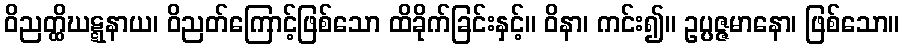
ဝိညတ္ထိဃဋ္ဋနာယ၊ ဝိညတ်ကြောင့်ဖြစ်သော ထိခိုက်ခြင်းနှင့်။ ဝိနာ၊ ကင်း၍။ ဥပ္ပဇ္ဇမာနော၊ ဖြစ်သော။